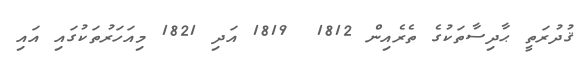
ޤުދުރަތީ ޙާދިސާތަކުގެ ތެރެއިން 1812  1819 އަދި 1821 މިއަހަރުތަކުގައި އައި